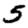
Digit: 5